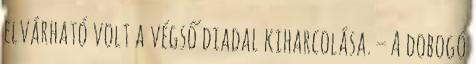
elvárható volt a végső diadal kiharcolása. – A dobogó